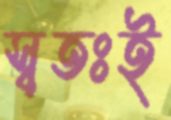
স্বতঃই